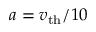
a = v _ { \mathrm { t h } } / 1 0